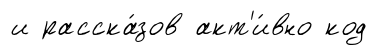
и расска́зов акт'и́вно код